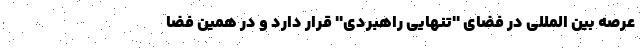
عرصه بین المللی در فضای ''تنهایی راهبردی'' قرار دارد و در همین فضا